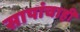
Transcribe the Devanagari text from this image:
सापांचाही